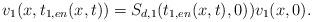
LaTeX: \begin{align*} v_1(x,t_{1,en}(x,t))= S_{d,1}(t_{1,en}(x,t),0))v_1(x,0).\end{align*}